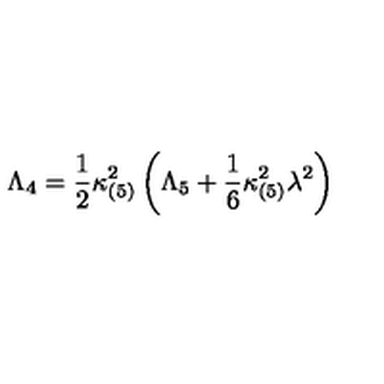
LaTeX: \Lambda _ { 4 } = \frac { 1 } { 2 } \kappa _ { ( 5 ) } ^ { 2 } \left( \Lambda _ { 5 } + \frac { 1 } { 6 } \kappa _ { ( 5 ) } ^ { 2 } \lambda ^ { 2 } \right)